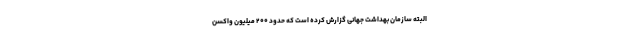
البته سازمان بهداشت جهانی گزارش کرده است که حدود ۲۰۰ میلیون واکسن